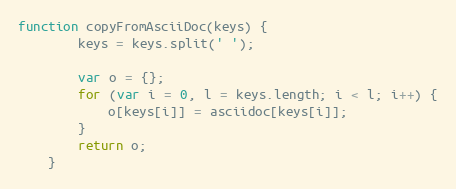
Language: JavaScript
function copyFromAsciiDoc(keys) {
		keys = keys.split(' ');

		var o = {};
		for (var i = 0, l = keys.length; i < l; i++) {
			o[keys[i]] = asciidoc[keys[i]];
		}
		return o;
	}